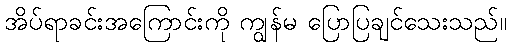
အိပ်ရာခင်းအကြောင်းကို ကျွန်မ ပြောပြချင်သေးသည်။